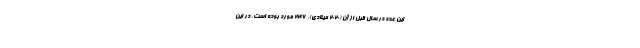
این عدد در سال قبل از آن (2020 میلادی)، 246 مورد بوده است. در این